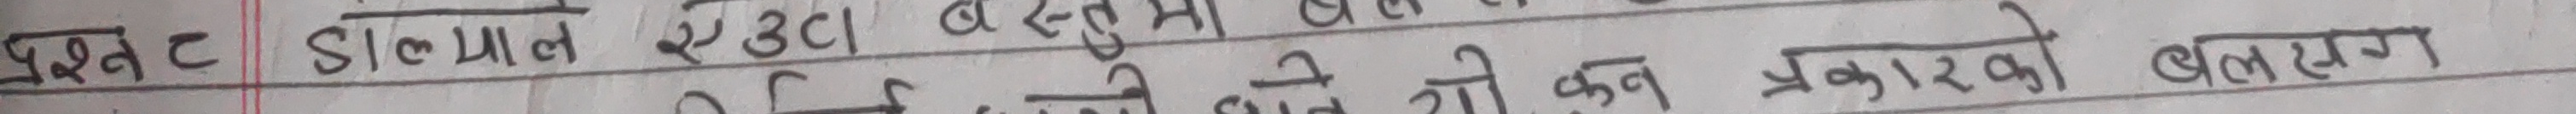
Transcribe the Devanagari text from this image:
प्रश्न ८. डालमाले एउटा वस्तु माथि ले कून प्रकारको बल लाग